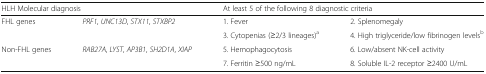
<table><thead><tr><td colspan="2"><b>HLH Molecular diagnosis</b></td><td colspan="2"><b>At least 5 of the following 8 diagnostic criteria</b></td></tr></thead><tbody><tr><td rowspan="2">FHL genes</td><td rowspan="2"><i>PRF1</i>, <i>UNC13D</i>, <i>STX11</i>, <i>STXBP2</i></td><td>1. Fever</td><td>2. Splenomegaly</td></tr><tr><td>3. Cytopenias (≥2/3 lineages)<sup>a</sup></td><td>4. High triglyceride/low fibrinogen levels<sup>b</sup></td></tr><tr><td rowspan="2">Non-FHL genes</td><td rowspan="2"><i>RAB27A</i>, <i>LYST</i>, <i>AP3B1</i>, <i>SH2D1A</i>, <i>XIAP</i></td><td>5. Hemophagocytosis</td><td>6. Low/absent NK-cell activity</td></tr><tr><td>7. Ferritin ≥500 ng/mL</td><td>8. Soluble IL-2 receptor ≥2400 U/mL</td></tr></tbody></table>